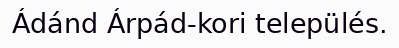
Ádánd Árpád-kori település.